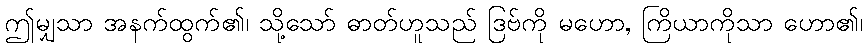
ဤမျှသာ အနက်ထွက်၏၊ သို့သော် ဓာတ်ဟူသည် ဒြဗ်ကို မဟော, ကြိယာကိုသာ ဟော၏၊